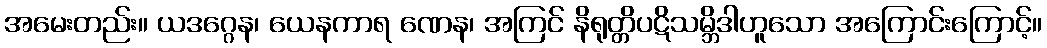
အမေးတည်း။ ယဒဂ္ဂေန၊ ယေနကာရ ဏေန၊ အကြင် နိရုတ္တိပဋိသမ္ဘိဒါဟူသော အကြောင်းကြောင့်။